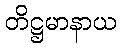
တိဋ္ဌမာနာယ